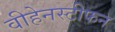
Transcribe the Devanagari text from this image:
वीहेनस्टीफन